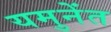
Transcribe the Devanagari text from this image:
यमुनेंत